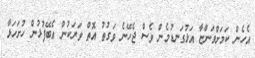
އެހެން ކަމަށްވަންޏާ އަޅުގަނޑުމެން ވެސް ޖެހޭނެ ވަގުތު އޮތް ވަރަކުން އެބޭފުޅުން ހުށަހަޅާ